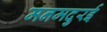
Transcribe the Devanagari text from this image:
मनमदुरई